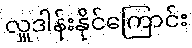
လှူဒါန်းနိုင်ကြောင်း